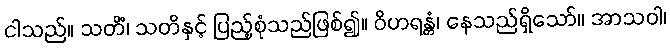
ငါသည်။ သတိံ၊ သတိနှင့် ပြည့်စုံသည်ဖြစ်၍။ ဝိဟရန္တံ၊ နေသည်ရှိသော်။ အာသဝါ၊